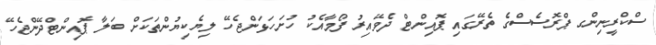
ސްކްރީނިންގ ޕްރޮސެސްގެ ތެރޭގައި ޕޮއިންޓް ދެވޭއިރު ފޯމާއެކު ހުށަހަޅަންޖެހޭ ލިޔެކިޔުންތަކަށް ބަލާ ޕޮއިންޓްދޭންޖެހޭ